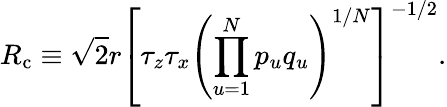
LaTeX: R_{\mathrm{c}}\equiv\sqrt{2}r\left[\tau_{z}\tau_{x}\left(\prod_{u=1}^{N}p_{u}q_{u}\right)^{1/N}\right]^{-1/2}.